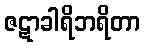
ဇဋာခါရိဘရိတာ